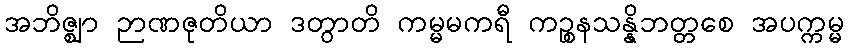
အဘိဇ္ဈာ ဉာဏဇုတိယာ ဒတွာတိ ကမ္မမကရီ ကဉ္စနသန္နိဘတ္တစေ အပက္ကမ္မ